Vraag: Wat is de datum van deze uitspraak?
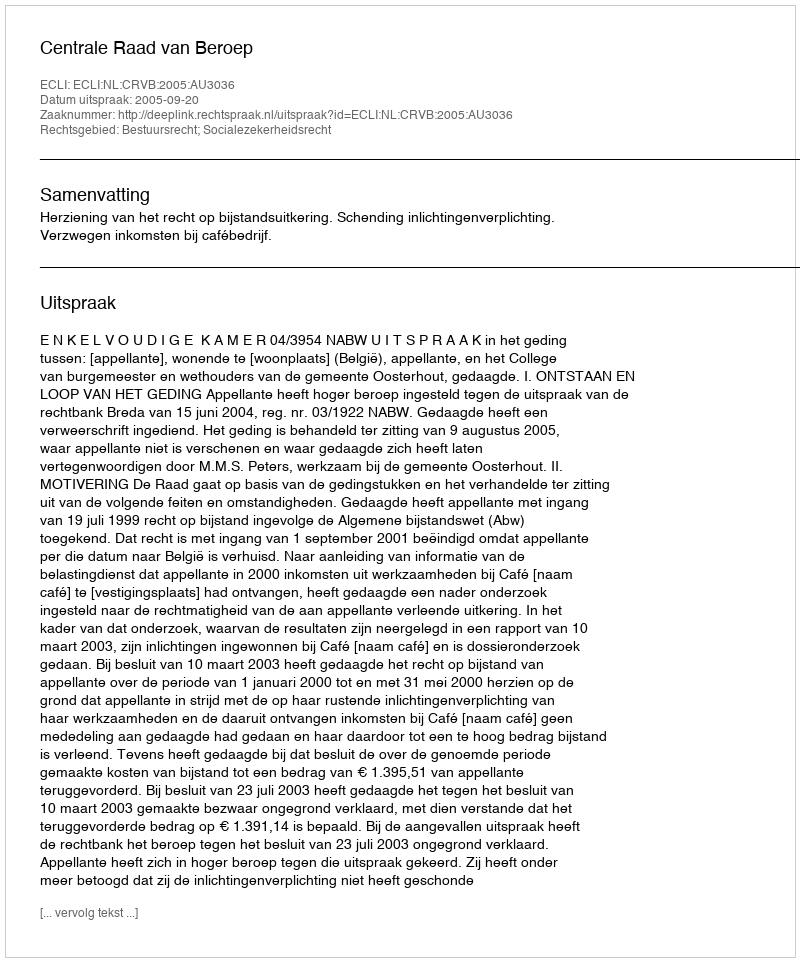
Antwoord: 2005-09-20